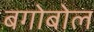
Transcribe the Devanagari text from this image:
बगोबोल